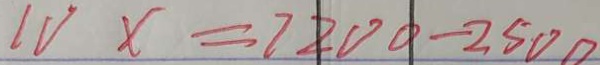
1 v x = 7 2 0 0 - 2 5 0 0